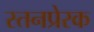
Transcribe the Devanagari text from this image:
स्तनप्रेरक